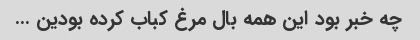
چه خبر بود این همه بال مرغ کباب کرده بودین …